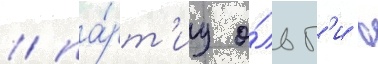
/ па́рт'иу о́льг'и в